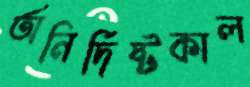
অনির্দিষ্টকাল